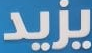
يزيد